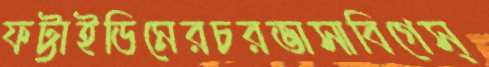
ফট্টাইডিমেরচরভাসাবিগেস্